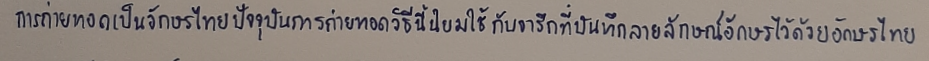
การถ่ายถอดเป็นอักษรไทยปัจจุบันการถ่ายทอดวิธีนี้นิยมใช้กับจารึกที่บันทึกลายลักษณ์อักษรไว้ด้วยอักษรไทย